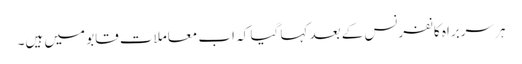
ہر سربراہ کانفرنس کے بعد کہا گیا کہ اب معاملات قابو میں ہیں۔